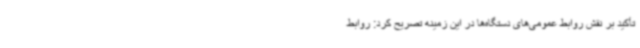
تأکید بر نقش روابط عمومی‌های دستگاه‌ها در این زمینه تصریح کرد: روابط